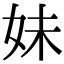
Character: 妹